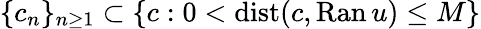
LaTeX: \{ c_{n}\} _{n\geq 1}\subset\{ c:0<\mathrm{dist}(c,\mathrm{Ran}\, u)\leq M\}